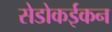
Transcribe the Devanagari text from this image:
सेडोकईकन